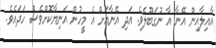
އާއިލާއިން އޭނާ އާ ނުގަބޫލެވެ. އަދި އޭނާއަށް އެ މީހުން އަނިޔާކޮށްވެސް ހަދައެވެ.